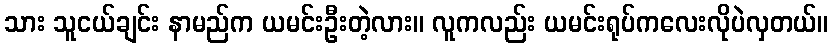
သား သူငယ်ချင်း နာမည်က ယမင်းဦးတဲ့လား။ လူကလည်း ယမင်းရုပ်ကလေးလိုပဲလှတယ်။